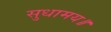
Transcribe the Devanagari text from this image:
सुधामय॥